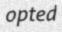
opted